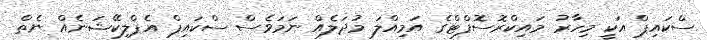
ސްކައިޕް އަކީ މިހާރު މައިކްރޮސޮފްޓްގެ އަމިއްލަ މުދަލެއް ނަމަވެސް ސްކައިޕް އެޕްލިކޭޝަނެއް ނެތް